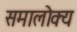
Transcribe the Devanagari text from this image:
समालोक्य